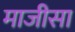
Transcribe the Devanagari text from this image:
माजीसा